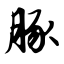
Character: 豚